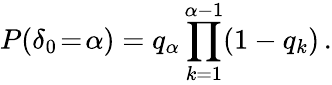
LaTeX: P(\delta_{0}\! =\! \alpha)=q_{\alpha}\prod_{k=1}^{\alpha-1}(1-q_{k})\, .